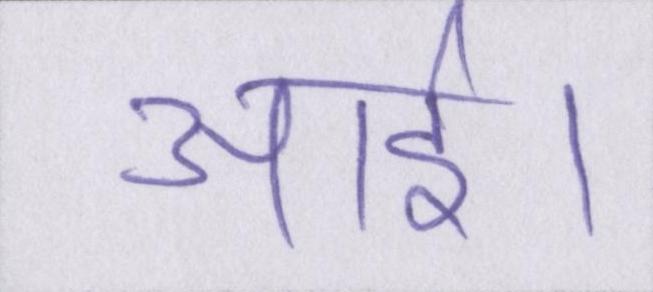
आई।